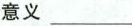
意义___